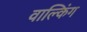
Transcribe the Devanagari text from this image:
वाल्किंग